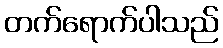
တက်ရောက်ပါသည်